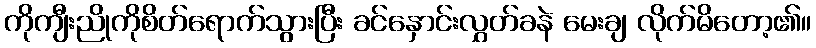
ကိုကျီးညိုကိုစိတ်ရောက်သွားပြီး ခင်နှောင်းလွှတ်ခနဲ မေးချ လိုက်မိတော့၏။